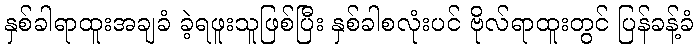
နှစ်ခါရာထူးအချခံ ခဲ့ရဖူးသူဖြစ်ပြီး နှစ်ခါစလုံးပင် ဗိုလ်ရာထူးတွင် ပြန်ခန့်ခံ